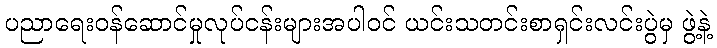
ပညာရေးဝန်ဆောင်မှုလုပ်ငန်းများအပါဝင် ယင်းသတင်းစာရှင်းလင်းပွဲမှ ဖွဲ့နဲ့